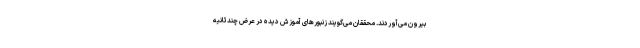
بیرون می‌آوردند. محققان می‌گویند زنبورهای آموزش دیده در عرض چندثانیه